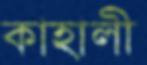
কাহালী